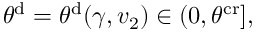
\theta ^ { \mathrm { d } } = \theta ^ { \mathrm { d } } ( \gamma , v _ { 2 } ) \in ( 0 , \theta ^ { \mathrm { c r } } ] ,